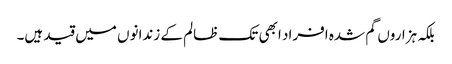
بلکہ ہزاروں گم شدہ افراد ابھی تک ظالم کے زندانوں میں قید ہیں۔